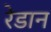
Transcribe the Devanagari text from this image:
रेडान